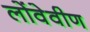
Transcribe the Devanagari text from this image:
लोंवेवीण